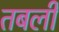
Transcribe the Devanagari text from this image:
तबली